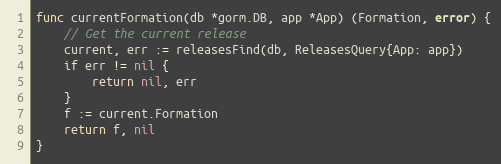
Language: Go
func currentFormation(db *gorm.DB, app *App) (Formation, error) {
	// Get the current release
	current, err := releasesFind(db, ReleasesQuery{App: app})
	if err != nil {
		return nil, err
	}
	f := current.Formation
	return f, nil
}